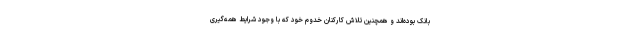
بانک بوده‌اند و همچنین تلاش کارکنان خدوم خود که با وجود شرایط همه‌گیری